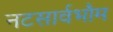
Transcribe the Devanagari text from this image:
नटसार्वभौम